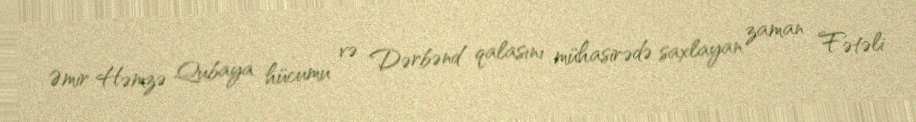
Əmir Həmzə Qubaya hücumu və Dərbənd qalasını mühasirədə saxlayan zaman Fətəli